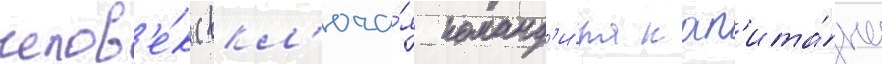
челов'е́к (вкл'юча́я команд'и́ра кап'ита́на